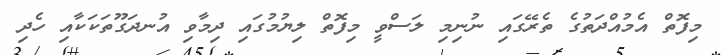
މިފޮތް އެމުއްދަތުގެ ތެރޭގައި ނުނިމި ލަސްވީ މިފޮތް ލިޔުމުގައި ދިމާވި އުނދަގޫތަކަކާއި ހެދި